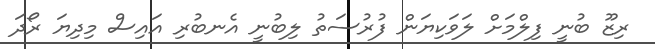
ރިޒޫ ބުނީ ފިލްމަށް ލަވަކިޔަން ފުރުސަތު ލިބުނީ އެނބުރި އައިސް މިދިޔަ ރޯދަ